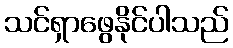
သင်ရှာဖွေနိုင်ပါသည်